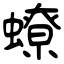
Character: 蟟